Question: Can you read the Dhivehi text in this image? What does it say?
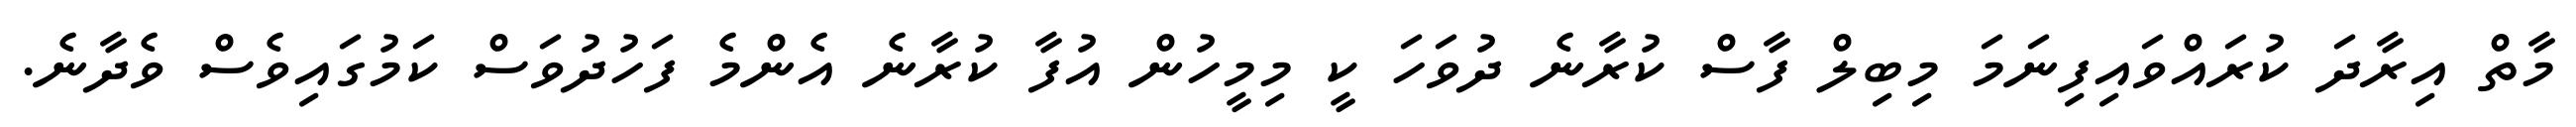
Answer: މާތް އިރާދަ ކުރައްވައިފިނަމަ މިބިލް ފާސް ކުރާނެ ދުވަހަ ކީ މިމީހުން އުފާ ކުރާނެ އެންމެ ފަހުދުވަސް ކަމުގައިވެސް ވެދާނެ.